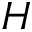
H